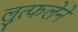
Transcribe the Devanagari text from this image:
लुत्फलेने